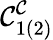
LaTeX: \mathcal{C}_{1(2)}^{\mathcal{C}}